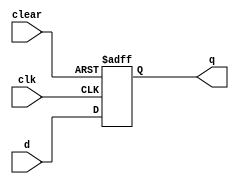
module d_ff_asynchronous_clear(
    input d, // D input
    input clk, // Clock input
    input clear, // Asynchronous clear input
    output reg q // Output
);

always @ (posedge clk or posedge clear)
begin
    if (clear)
        q <= 1'b0; // Reset output to 0 when clear is asserted
    else
        q <= d; // Store input data on the rising edge of the clock
end

endmodule